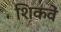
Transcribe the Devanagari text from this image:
शिकवें